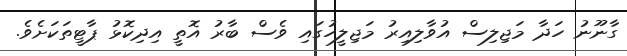
ގާނޫނު ހަދާ މަޖިލިސް އުވާލިއިރު މަޖިލީހުގައި ވެސް ބާރު އޮތީ އިދިކޮޅު ޕާޓީތަކަށެވެ.